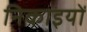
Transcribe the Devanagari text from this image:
निकाइयों